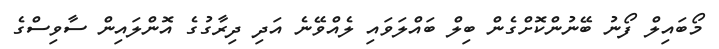
މޯބައިލް ފޯނު ބޭނުންކޮށްގެން ބިލް ބައްލަވައި ލެއްވޭނެ އަދި ދިރާގުގެ އޮންލައިން ސާވިސްގެ